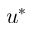
u ^ { * }